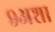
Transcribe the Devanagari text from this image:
९अशा